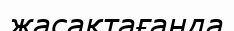
жасақтағанда